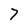
Character: 7